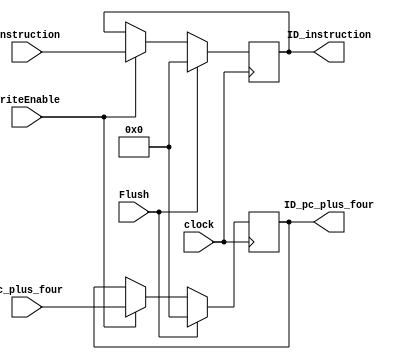
module IF_ID_4 (
    input wire clock,
    input wire WriteEnable,
    input wire Flush,
    input wire [31:0] pc_plus_four,
    output reg [31:0] ID_pc_plus_four,
    input wire [31:0] instruction,
    output reg [31:0] ID_instruction
    );
    always @(negedge clock) begin
        if (Flush) begin
            ID_pc_plus_four <= 0;
            ID_instruction <= 0;
        end
        else if (WriteEnable) begin
            ID_pc_plus_four <= pc_plus_four;
            ID_instruction <= instruction;
        end
    end  
endmodule